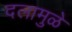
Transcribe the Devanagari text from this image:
दलामुळे